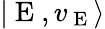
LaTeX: |\mathrm{~E~},v_{\mathrm{~E~}}\rangle